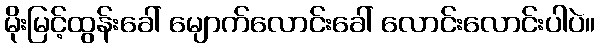
မိုးမြင့်ထွန်းခေါ် မျောက်လောင်းခေါ် လောင်းလောင်းပါပဲ။